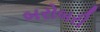
બરોબરી